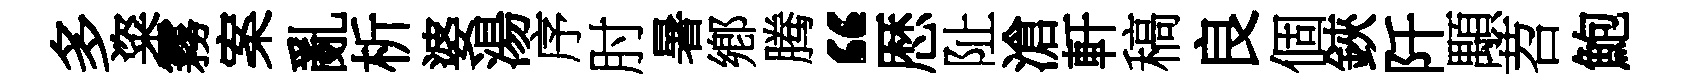
多粢霧案亂析婆湯序肘暑鄕腾“厯阯滄軒稿良個鋏阡顒苕鮑